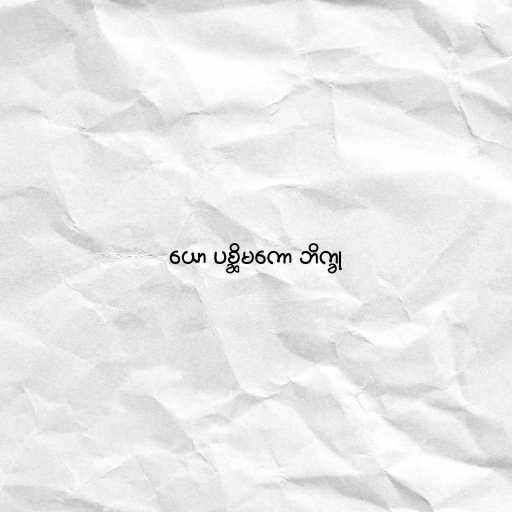
ယော ပစ္ဆိမကော ဘိက္ခု